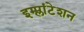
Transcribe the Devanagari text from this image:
इम्प्लांटेशन